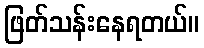
ဖြတ်သန်းနေရတယ်။